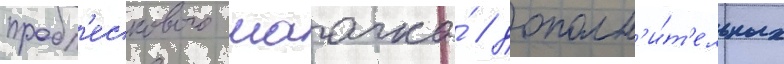
пробл'ескового маачка́ / дополн'и́т'ельных